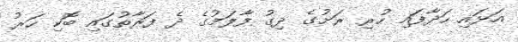
އަޅައި ހަދާފައި ހުރި ރަށުގެ ދިގު ފާލަމުގެ ދެ ފަރާތުގައި ބޮކި ހަރު